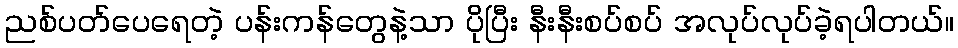
ညစ်ပတ်ပေရေတဲ့ ပန်းကန်တွေနဲ့သာ ပိုပြီး နီးနီးစပ်စပ် အလုပ်လုပ်ခဲ့ရပါတယ်။